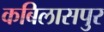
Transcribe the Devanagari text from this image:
कबिलासपुर